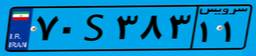
۷۰S۳۸۳۱۱